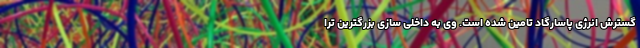
گسترش انرژی پاسارگاد تامین شده است. وی به داخلی سازی بزرگترین ترا